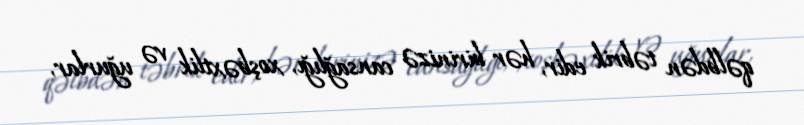
qəlbdən təbrik edir, hər birinizə cansağlığı, xoşbəxtlik və uğurlar,